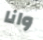
وانا